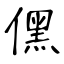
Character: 𠎁